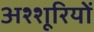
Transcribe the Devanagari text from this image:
अश्शूरियों